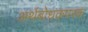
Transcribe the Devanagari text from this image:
अर्थबोधकपरक